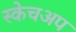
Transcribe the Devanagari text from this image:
स्केचअप